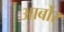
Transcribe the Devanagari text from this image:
आर्बोर